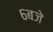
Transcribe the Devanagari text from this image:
६बजे